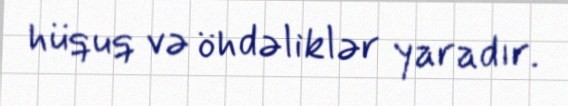
hüquq və öhdəliklər yaradır.